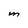
Character: M